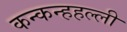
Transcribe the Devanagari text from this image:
कन्कन्हहल्ली